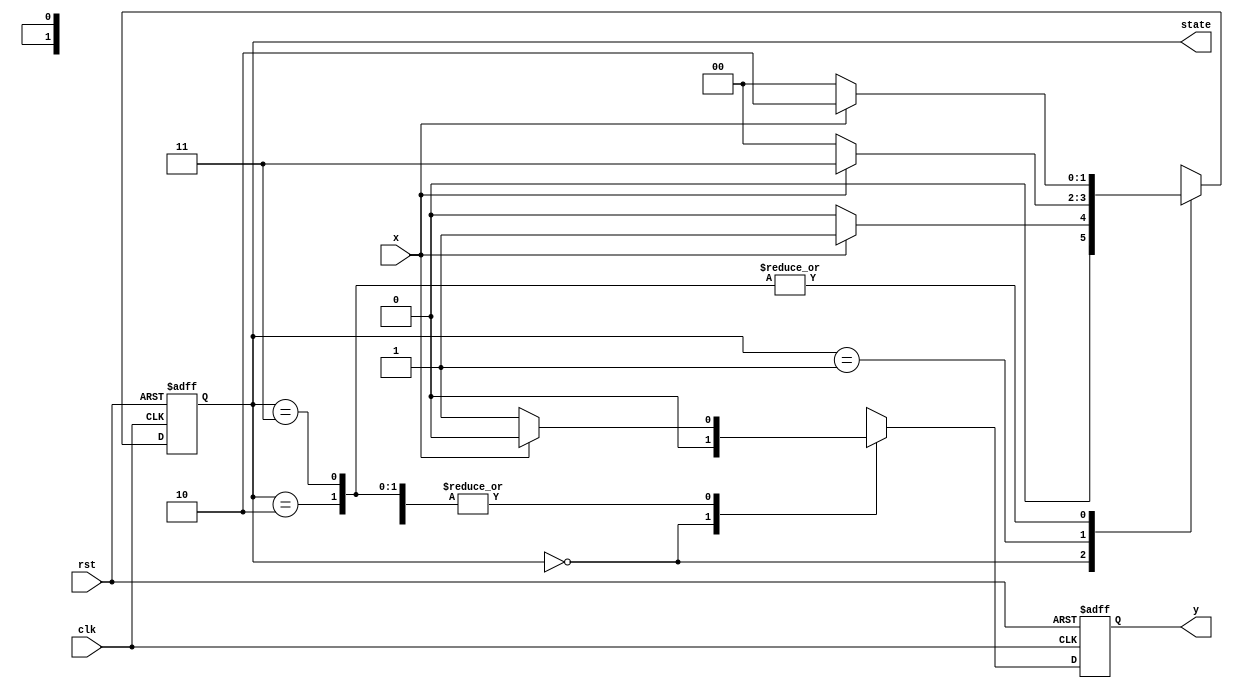
`timescale 1ns / 1ps
//////////////////////////////////////////////////////////////////////////////////
// Company: 
// Engineer: 
// 
// Design Name: 
// Module Name: StateDiagram
// Project Name: 
// Target Devices: 
// Tool Versions: 
// Description: 
// 
// Dependencies: 
// 
// Revision:
// Revision 0.01 - File Created
// Additional Comments:
// 
//////////////////////////////////////////////////////////////////////////////////


module StateDiagram(clk, rst, x, y, state );

input clk, rst, x;
output reg [1:0] state;
output reg y;

always @(negedge rst or posedge clk) begin
    if(!rst) state <= 2'b00;
    else begin
        case(state)
            2'b00 : state <= x? 2'b01 : 2'b00;
            2'b01 : state <= x? 2'b11 : 2'b00;
            2'b10 : state <= x? 2'b10 : 2'b00;
            2'b11 : state <= x? 2'b10 : 2'b00;
        endcase
    end
end
always @(negedge rst or posedge clk) begin
    if(!rst) y <= 0;
    else begin
        case(state)
            2'b00 : y <= 1'b0;
            2'b01 : y <= x? 1'b0 : 1'b1;
            2'b10 : y <= x? 1'b0 : 1'b1;
            2'b11 : y <= x? 1'b0 : 1'b1;
        endcase
    end
end
endmodule